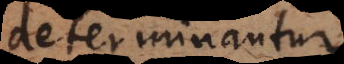
determinantur.